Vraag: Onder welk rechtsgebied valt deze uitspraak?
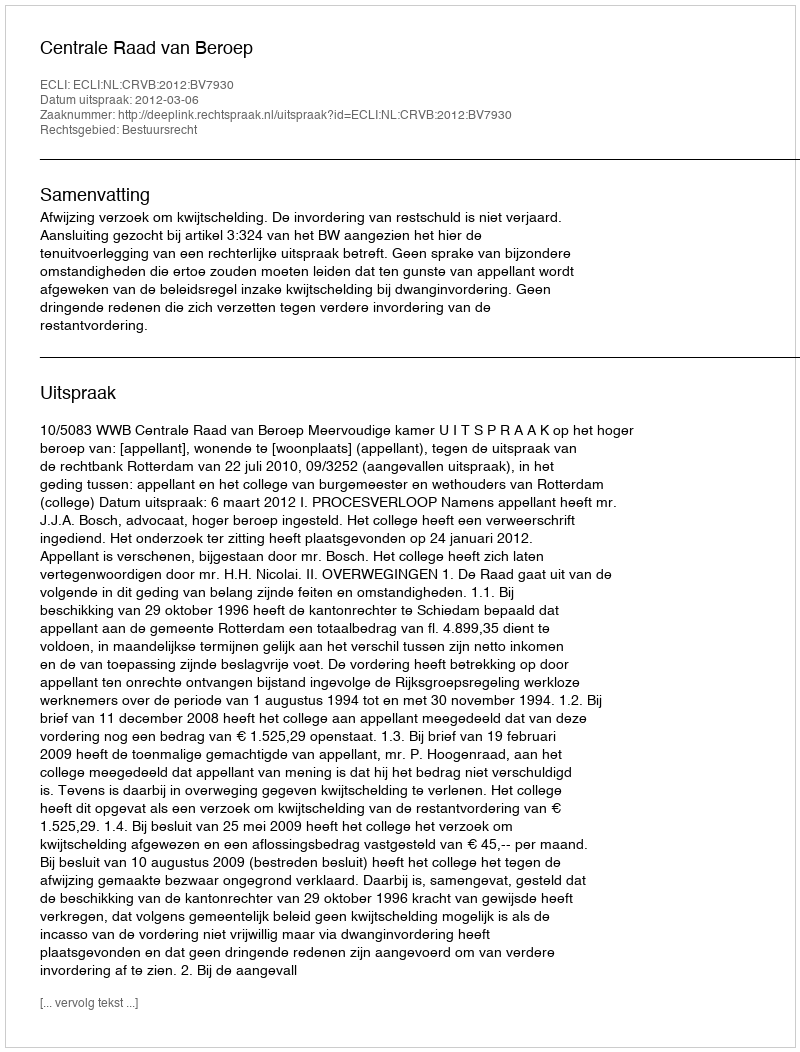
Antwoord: Bestuursrecht